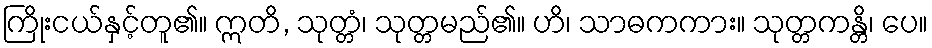
ကြိုးငယ်နှင့်တူ၏။ ဣတိ, သုတ္တံ၊ သုတ္တမည်၏။ ဟိ၊ သာဓကကား။ သုတ္တကန္တိ၊ ပေ။